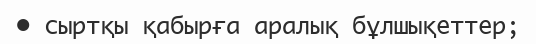
•	сыртқы қабырға аралық бұлшықеттер;